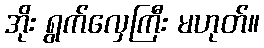
အိုး ရွက်လှေကြီး မဟုတ်။